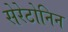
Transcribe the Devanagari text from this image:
सेरेटोनिन